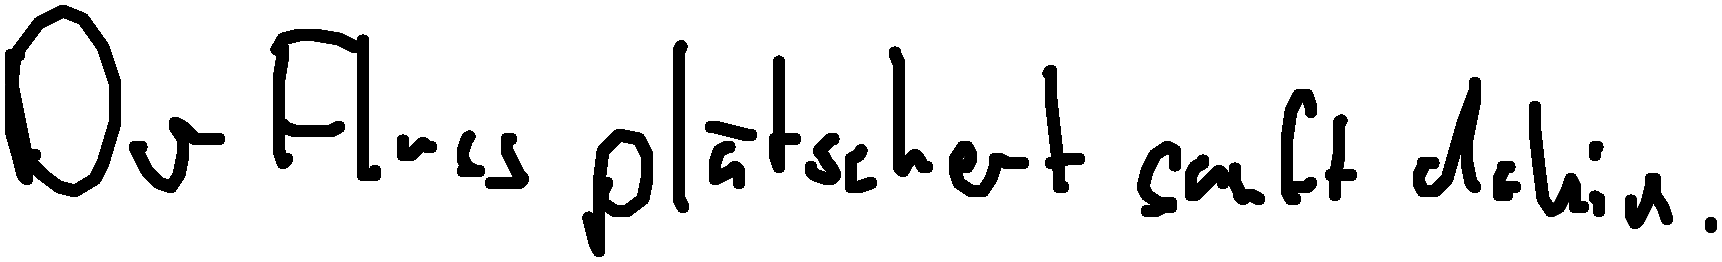
Der Fluss plätschert sanft dahin.